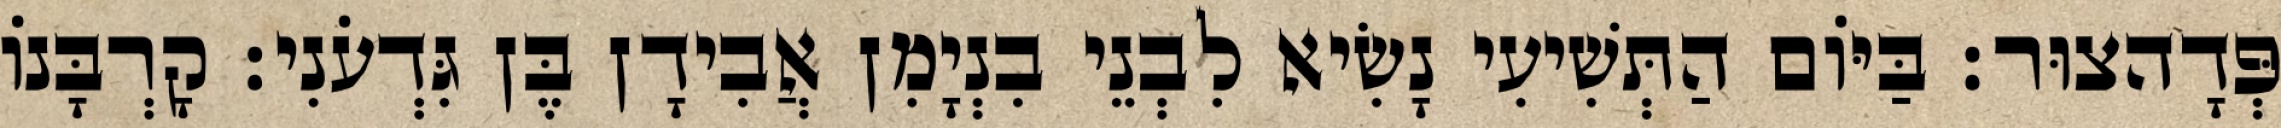
פְּדָהצוּר׃ בַּיּוֹם הַתְּשִׁיעִי נָשִׂיא לִבְנֵי בִנְיָמִן אֲבִידָן בֶּן גִּדְעֹנִי׃ קָרְבָּנוֹ